Scottish Leaving Certificate Examination, 1956
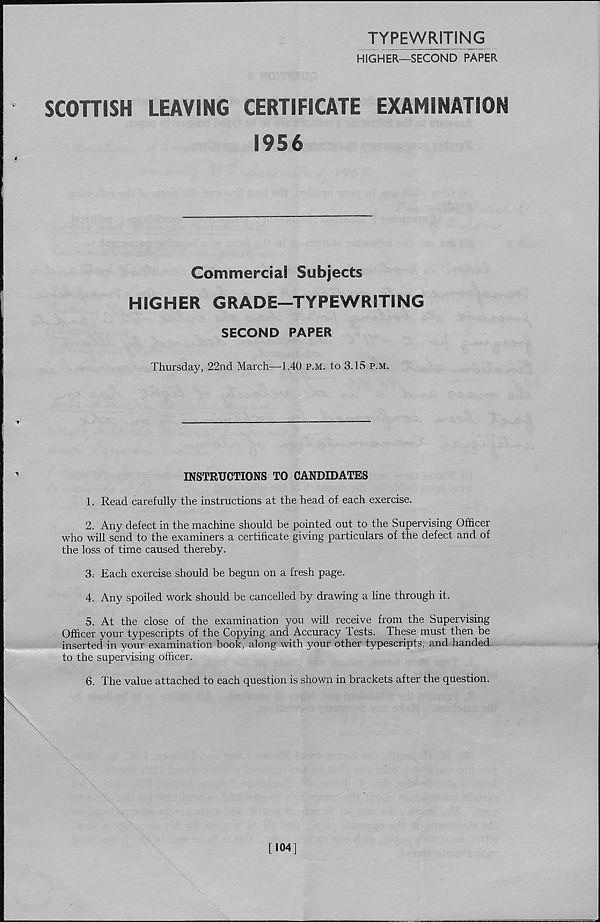
TYPEWRITING
HIGHER—SECOND PAPER
SCOTTISH
LEAVING
CERTIFICATE
EXAMINATION
1956
Commercial Subjects
HIGHER GRADE—TYPEWRITING
SECOND PAPER
Thursday, 22nd March—1.40 p.m. to 3.15 p.m.
INSTRUCTIONS TO CANDIDATES
1. Read carefully the instructions at the head of each exercise.
2. Any defect in the machine should be pointed out to the Supervising Officer
who will send to the examiners a certificate giving particulars of the defect and of
the loss of time caused thereby.
3; Each exercise should be begun on a fresh page.
4. Any spoiled work should be cancelled by drawing a line through it.
5. At the close of the examination you will receive from the Supervising
Officer your typescripts of the Copying and Accuracy Tests. These must then be
inserted in your examination book, along with your other typescripts, and handed
to the supervising officer.
6. The value attached to each question is shown in brackets after the question.
\
[104]